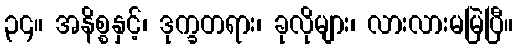
၃၄။ အနိစ္စနှင့်၊ ဒုက္ခတရား၊ ခုလိုများ၊ လားလားမမြဲပြီ။